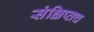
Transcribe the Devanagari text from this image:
संक्षिप्तच